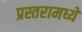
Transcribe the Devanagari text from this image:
प्रस्तरामध्ये